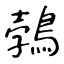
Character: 鵓